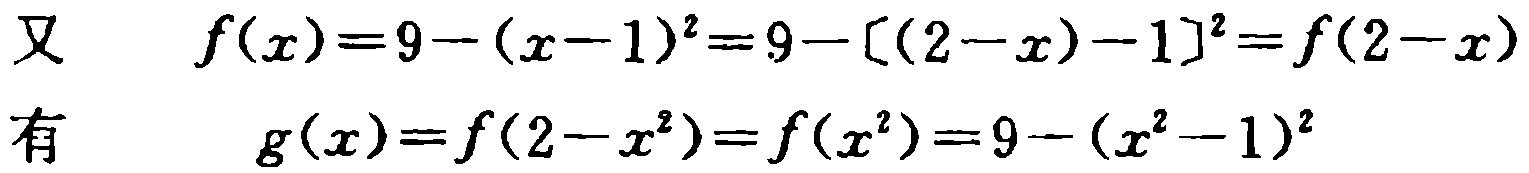
\[
\begin{align*}
\text{又}\quad f(x)&=9-(x - 1)^2=9-[(2 - x)-1]^2=f(2 - x)\\
\text{有}\quad g(x)&=f(2 - x^2)=f(x^2)=9-(x^2 - 1)^2
\end{align*}
\]